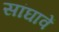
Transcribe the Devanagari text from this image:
सांघावें